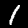
Label: 1